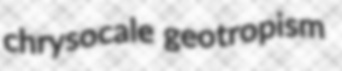
chrysocale geotropism